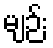
မျဉ်း